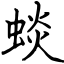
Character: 䗊